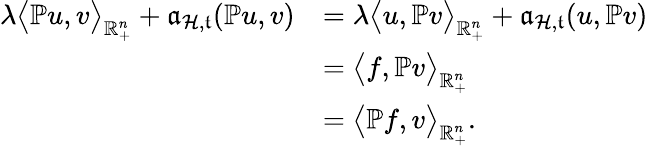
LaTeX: \begin{array}{rl}{\lambda\big\langle\mathbb{P}u,v\big\rangle_{\mathbb{R}_{+}^{n}}+\mathfrak{a}_{\mathcal{H},\mathfrak{t}}(\mathbb{P}u,v)}&{=\lambda\big\langle u,\mathbb{P}v\big\rangle_{\mathbb{R}_{+}^{n}}+\mathfrak{a}_{\mathcal{H},\mathfrak{t}}(u,\mathbb{P}v)}\\ &{=\big\langle f,\mathbb{P}v\big\rangle_{\mathbb{R}_{+}^{n}}}\\ &{=\big\langle\mathbb{P}f,v\big\rangle_{\mathbb{R}_{+}^{n}}\mathrm{.~}}\end{array}